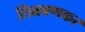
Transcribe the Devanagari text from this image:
तिळवणकर